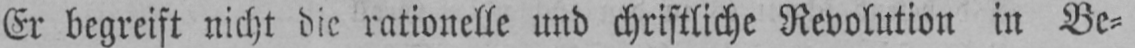
Er begreift nicht die rationelle und christliche Revolution in Be⸗